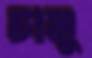
চানু